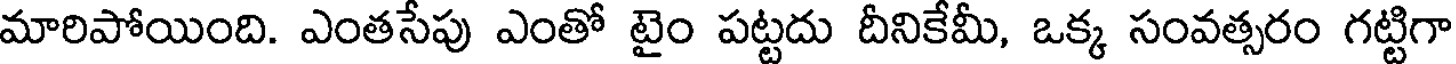
మారిపోయింది. ఎంతసేపు ఎంతో టైం పట్టదు దీనికేమీ, ఒక్క సంవత్సరం గట్టిగా